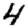
Digit: 4